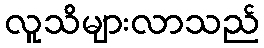
လူသိများလာသည်